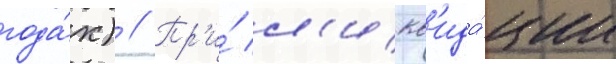
года́х) // Пр'и́ л'икв'ида́ции